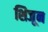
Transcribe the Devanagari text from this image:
शिजून